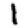
Digit: 1